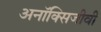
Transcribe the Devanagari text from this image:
अनॉक्सिजीवी